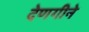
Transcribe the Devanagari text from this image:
देणगीने